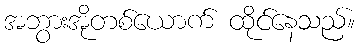
အဘွားအိုတစ်ယောက် ထိုင်နေသည်။